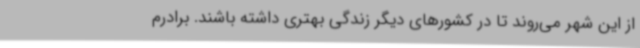
از این شهر می‌روند تا در کشورهای دیگر زندگی بهتری داشته باشند. برادرم